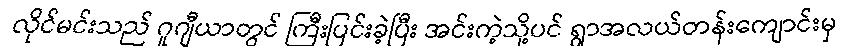
လိုင်မင်းသည် ဂူဂျီယာတွင် ကြီးပြင်းခဲ့ပြီး အင်းကဲ့သို့ပင် ရွာအလယ်တန်းကျောင်းမှ